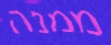
ממנה